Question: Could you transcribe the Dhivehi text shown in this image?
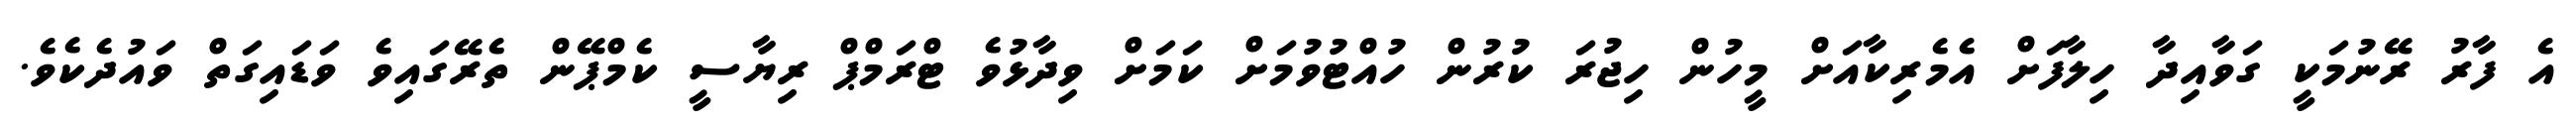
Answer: އެ ފާރު ރޭނުމަކީ ގަވާއިދާ ހިލާފަށް އެމެރިކާއަށް މީހުން ހިޖުރަ ކުރުން ހުއްޓުވުމަށް ކަމަށް ވިދާޅުވެ ޓްރަމްޕް ރިޔާސީ ކެމްޕޭން ތެރޭގައިވެ ވަޑައިގަތް ވައުދެކެވެ.